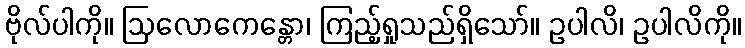
ဗိုလ်ပါကို။ ဩလောကေန္တော၊ ကြည့်ရှုသည်ရှိသော်။ ဥပါလိ၊ ဥပါလိကို။